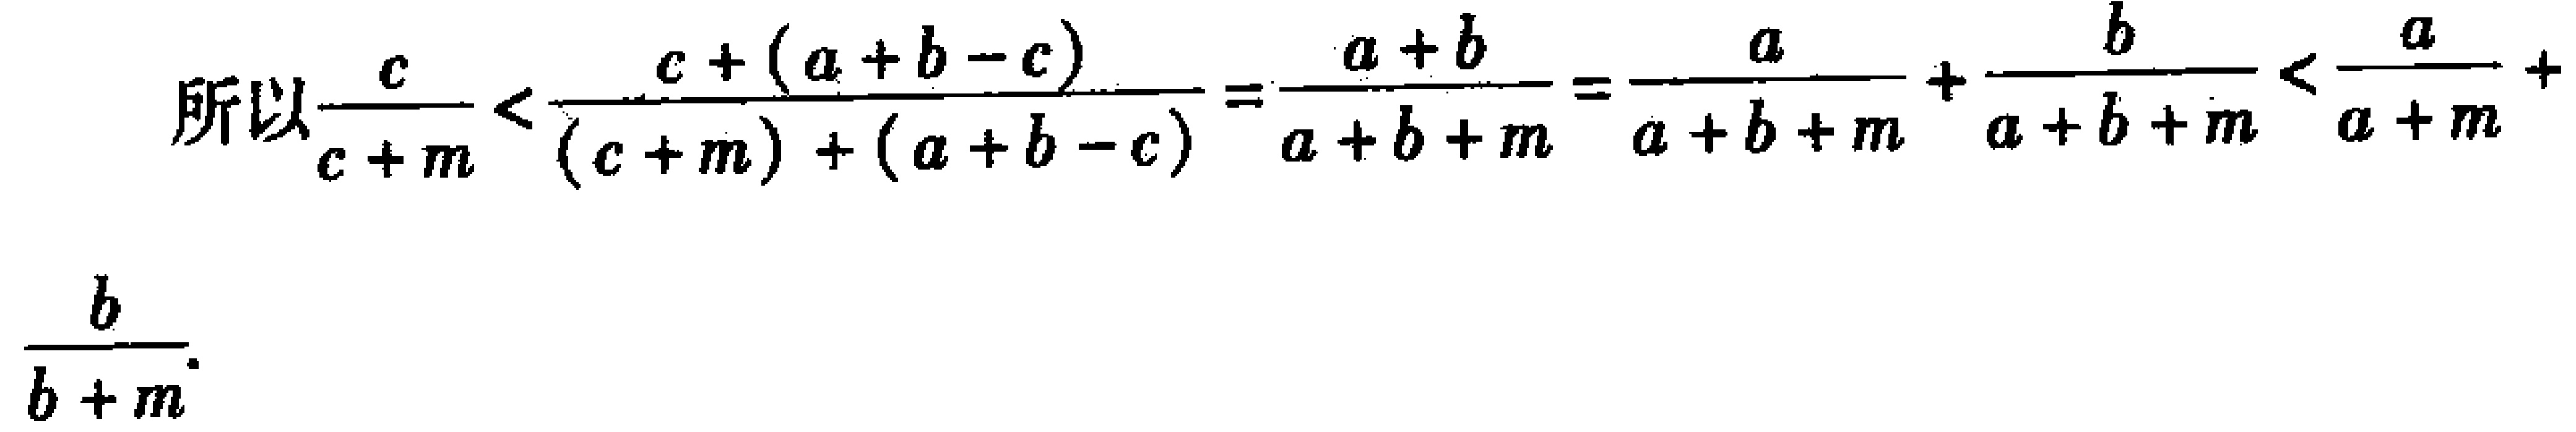
\[

\text{所以}\frac{c}{c + m}<\frac{c+(a + b - c)}{(c + m)+(a + b - c)}=\frac{a + b}{a + b + m}=\frac{a}{a + b + m}+\frac{b}{a + b + m}<\frac{a}{a + m}+\frac{b}{b + m}

\]